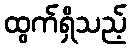
ထွက်ရှိသည့်